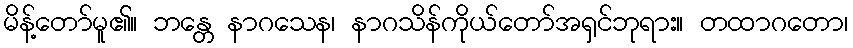
မိန့်တော်မူ၏။ ဘန္တေ နာဂသေန၊ နာဂသိန်ကိုယ်တော်အရှင်ဘုရား။ တထာဂတော၊